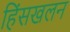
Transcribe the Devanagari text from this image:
हिंसखलन